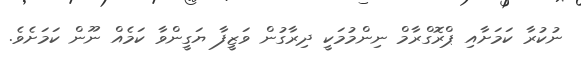
ނުކުރާ ކަމަށާއި ޕްރޮގްރާމް ނިންމުމަކީ ދިރާގުން ވަޒީފާ ޔަގީންވާ ކަމެއް ނޫން ކަމަށެވެ.